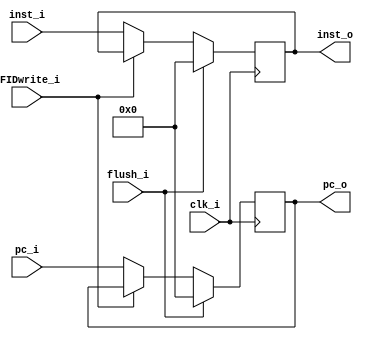
module IF_ID
(
	clk_i,
	IFIDwrite_i,
	flush_i,
	pc_i,
	inst_i,
	pc_o,
	inst_o
);

// Ports
input				clk_i;
input 				IFIDwrite_i;
input 				flush_i;
input	[31:0]		pc_i;
input	[31:0]		inst_i;
output	[31:0]		pc_o;
output	[31:0]		inst_o;

// Wires & Registers
reg		[31:0]		pc_o;
reg		[31:0]		inst_o;

initial begin
	pc_o = 32'b0;
	inst_o = 32'b0;
end

always@(posedge clk_i) begin
	if (flush_i) begin
		pc_o <= 0;
		inst_o <= 0;
	end
	else if (IFIDwrite_i) begin
		pc_o <= pc_o;
		inst_o <= inst_o;
	end
	else begin
		pc_o <= pc_i;
		inst_o <= inst_i;
	end
end
   
endmodule